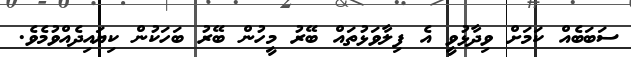
ސަބަބެއް ކަމަށް ވިދާޅުވީ އެ ފިލާވަޅުތައް ބޭރު މީހުން ބޭރު ބަހަކުން ކިޔައިދެއްވުމެވެ.